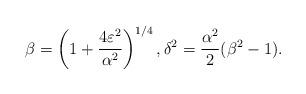
LaTeX: \begin{align*}\beta = \left( 1 + \frac{4\varepsilon^2}{\alpha^2}\right)^{1/4}, \delta^2 = \frac{\alpha^2}{2}(\beta^2 - 1).\end{align*}